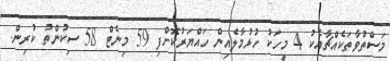
މަސްތުވާތަކެއްޗާއެކު 4 މީހަކު ހުޅުމާލެއިން ހައްޔަރުކޮށްފި 59 މިނެޓް 58 ސިކުންތު ކުރިން.